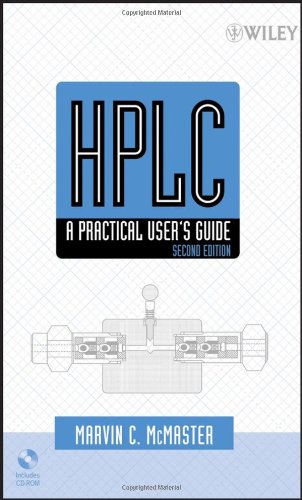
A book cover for HPLC: A Practical User's Guide; Marvin McMaster; Science & Math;